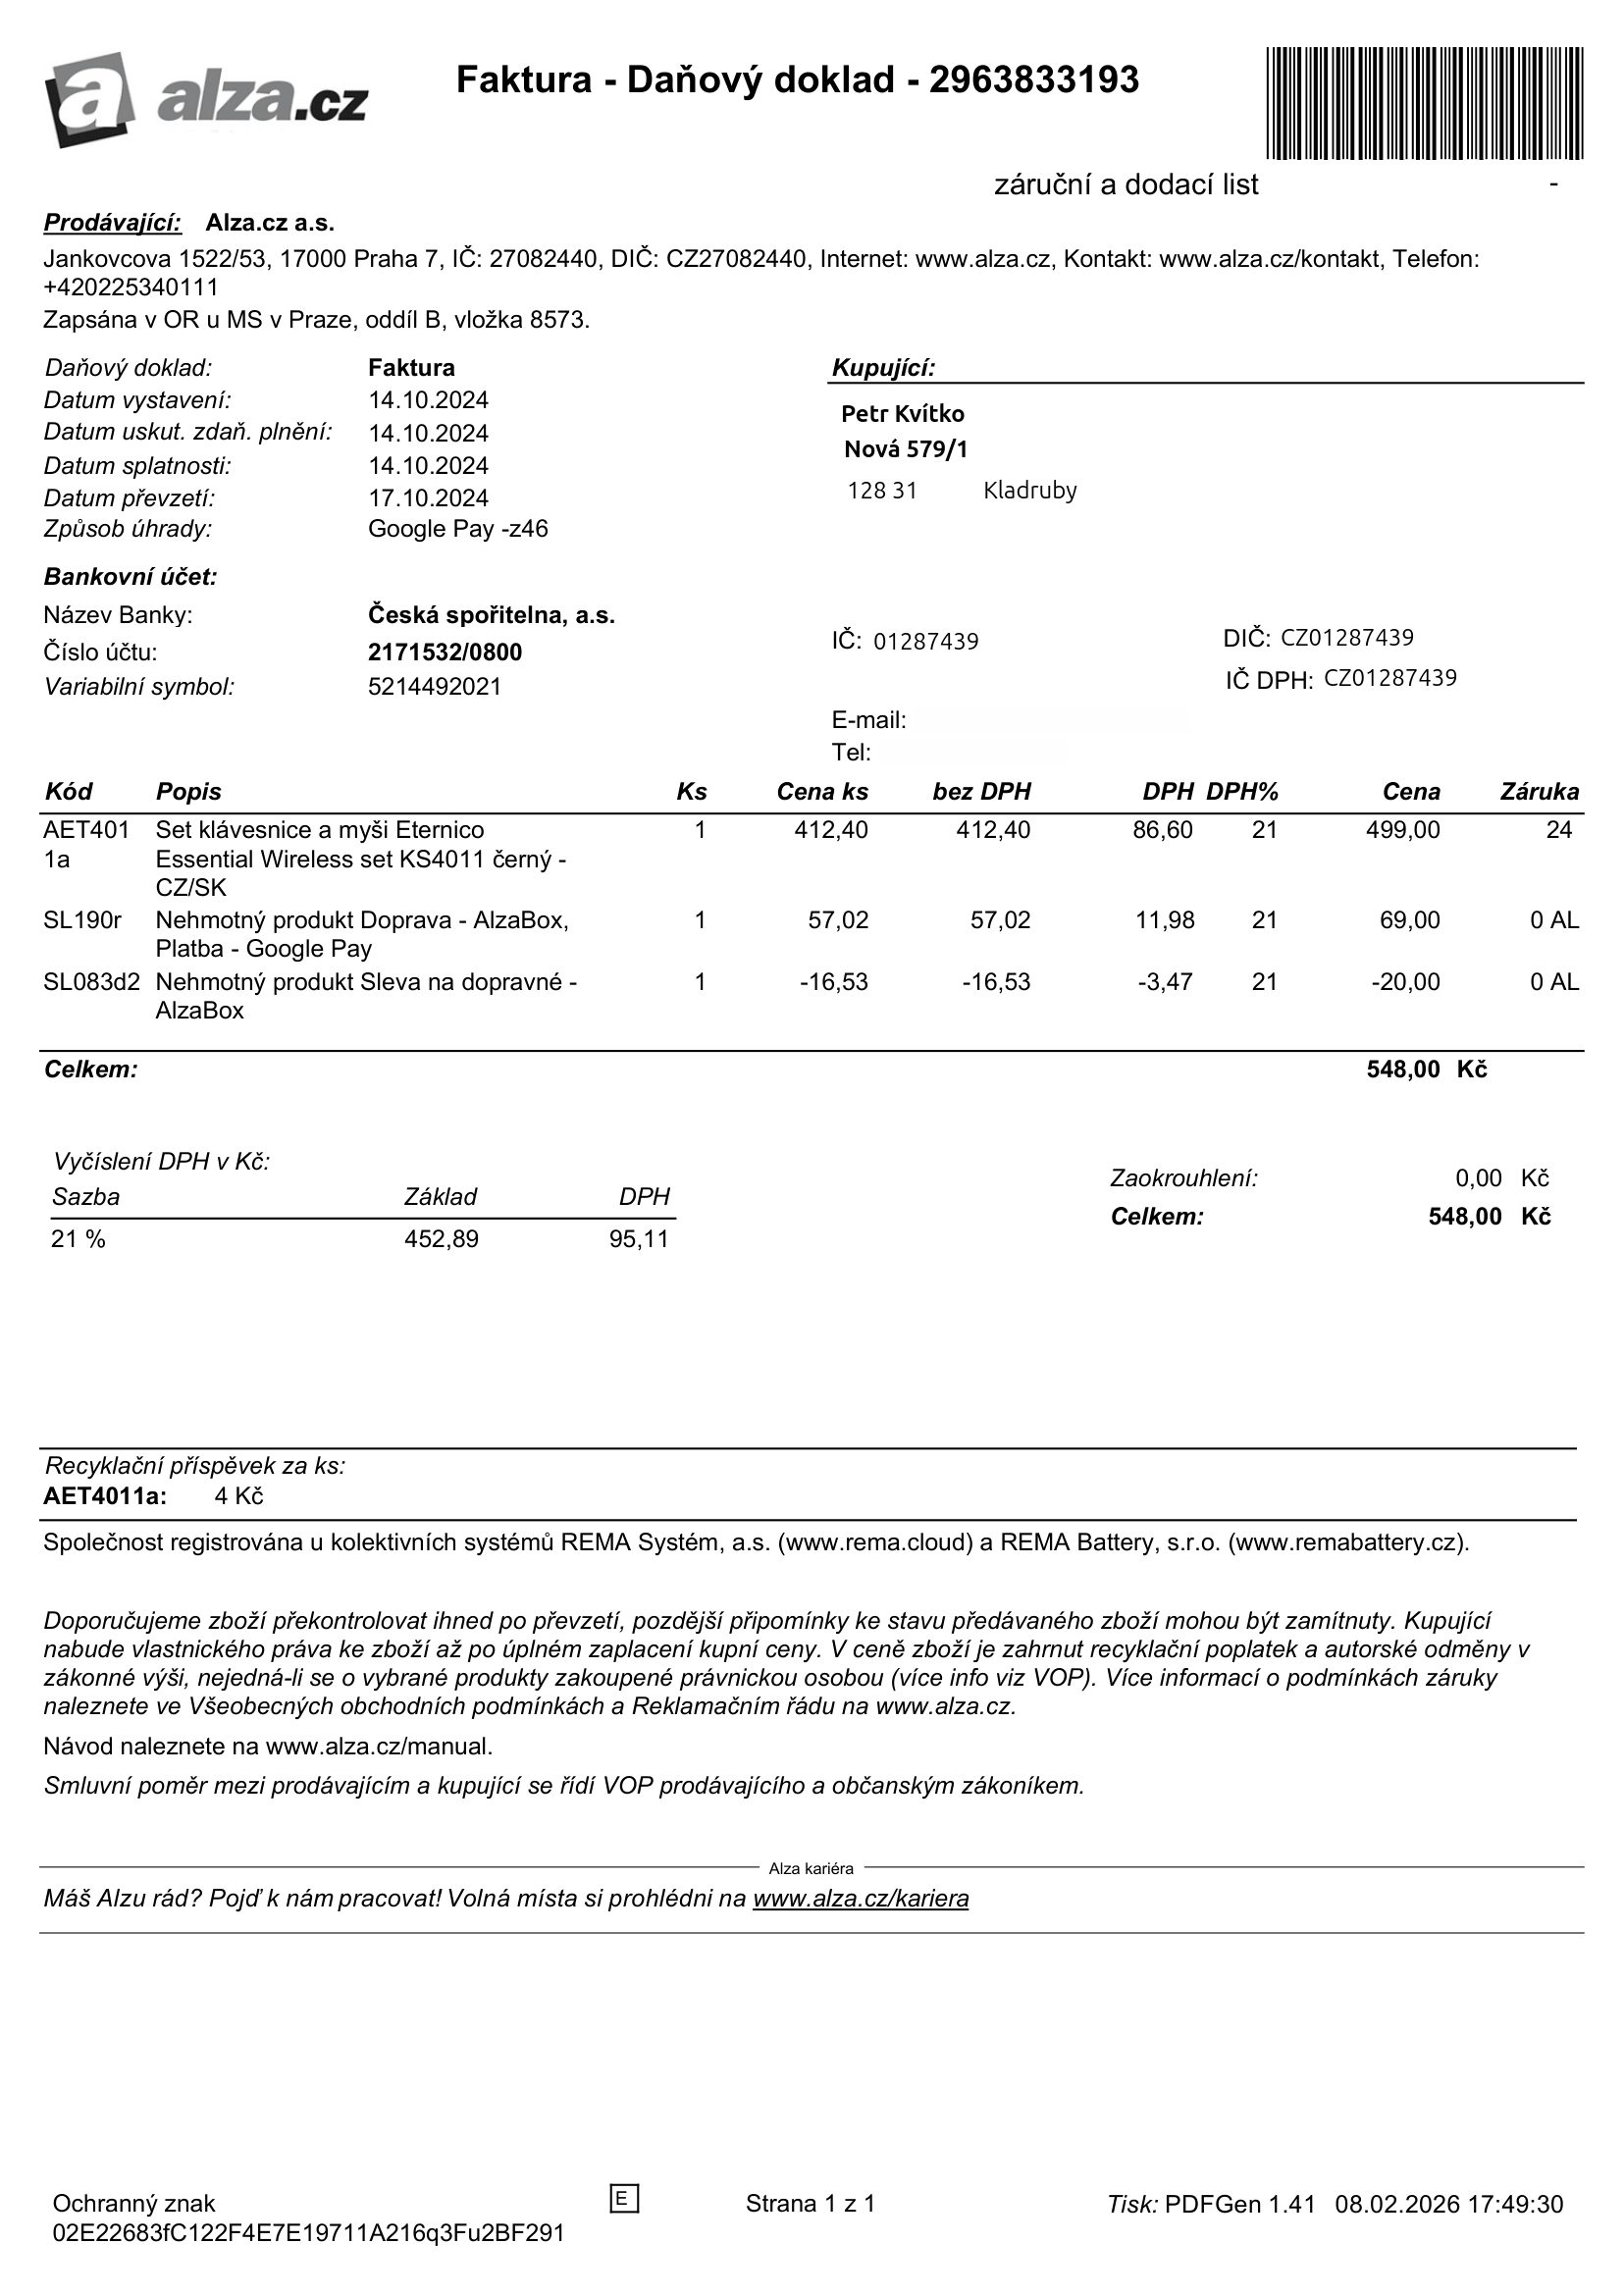
invoice_number: 2963833193
supp_register_id: 27082440
supp_tax_id: CZ27082440
cust_register_id: 01287439
cust_tax_id: CZ01287439
issue_date: 14.10.2024
taxable_supply_date: 14.10.2024
due_date: 14.10.2024
payment_type: Google Pay
bank_account_number: 2171532/0800
variable_symbol: 5214492021
total: 548,00